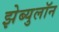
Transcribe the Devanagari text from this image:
झेब्युलॉन